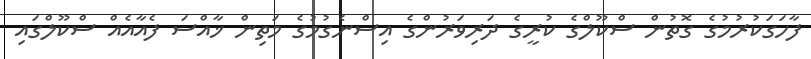
ފާހަގަކުރުމުގެ ގޮތުން ސްކޫލްގެ ކުރީގެ ދަރިވަރުންގެ އިސްނެގުމުގެ މަތިން ޚާއްސަ ފެއާއެއް ސްކޫލްގައި